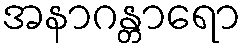
အနာဂန္တာရော